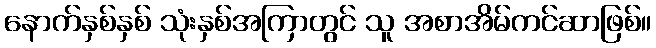
နောက်နှစ်နှစ် သုံးနှစ်အကြာတွင် သူ အစာအိမ်ကင်ဆာဖြစ်။